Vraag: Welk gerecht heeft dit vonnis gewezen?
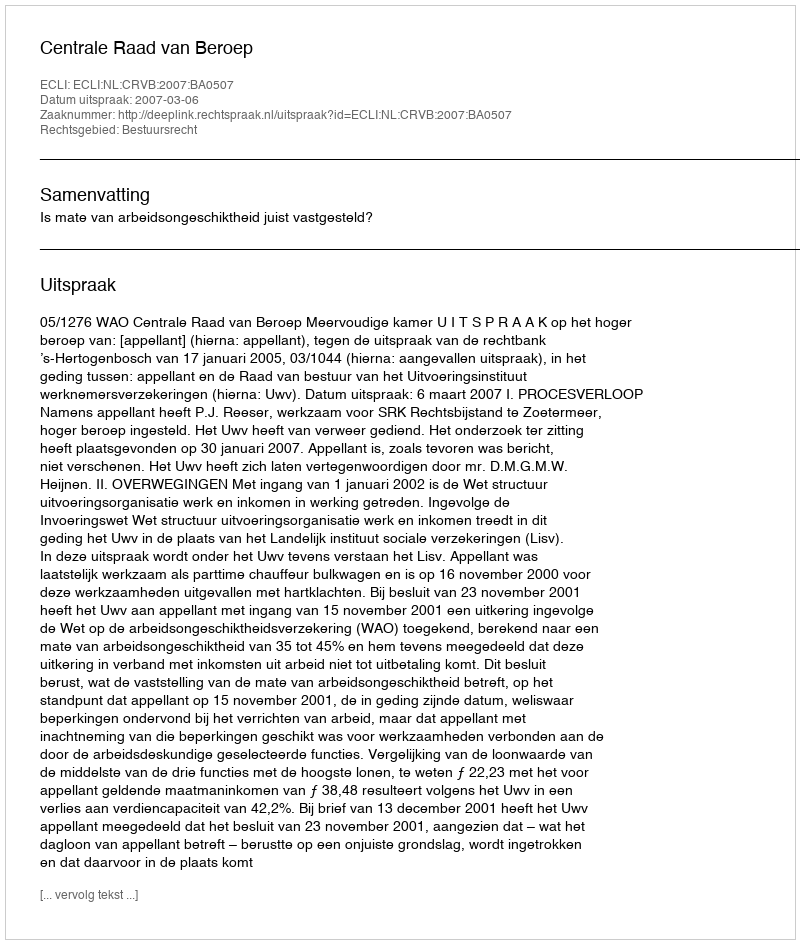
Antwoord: Centrale Raad van Beroep